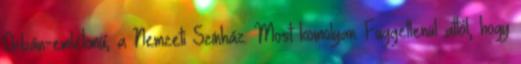
Orbán-emlékmű, a Nemzeti Színház. Most komolyan. Függetlenül attól, hogy